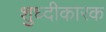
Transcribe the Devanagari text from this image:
शुध्दीकारक